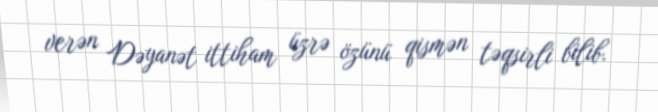
verən Dəyanət ittiham üzrə özünü qismən təqsirli bilib.